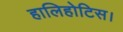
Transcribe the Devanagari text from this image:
हालिहोटिस।